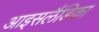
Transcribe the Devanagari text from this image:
आइसलैंडिका